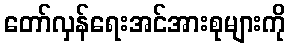
တော်လှန်ရေးအင်အားစုများကို